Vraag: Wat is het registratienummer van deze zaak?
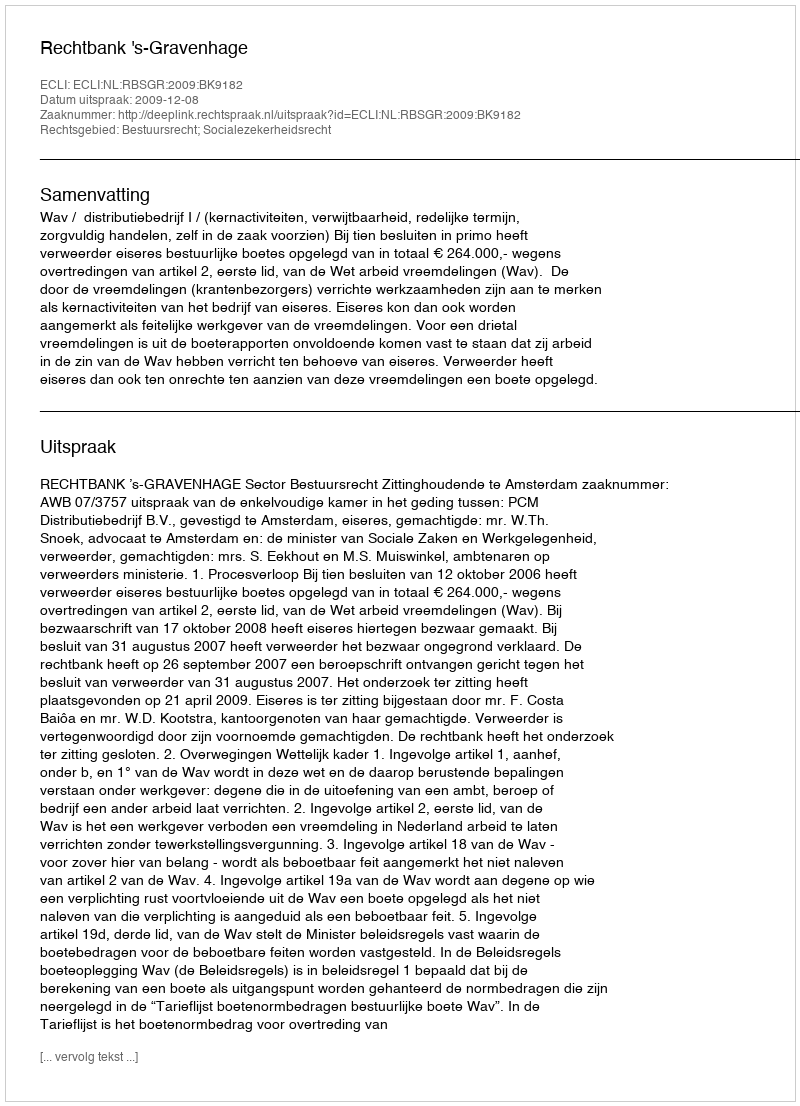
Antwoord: http://deeplink.rechtspraak.nl/uitspraak?id=ECLI:NL:RBSGR:2009:BK9182